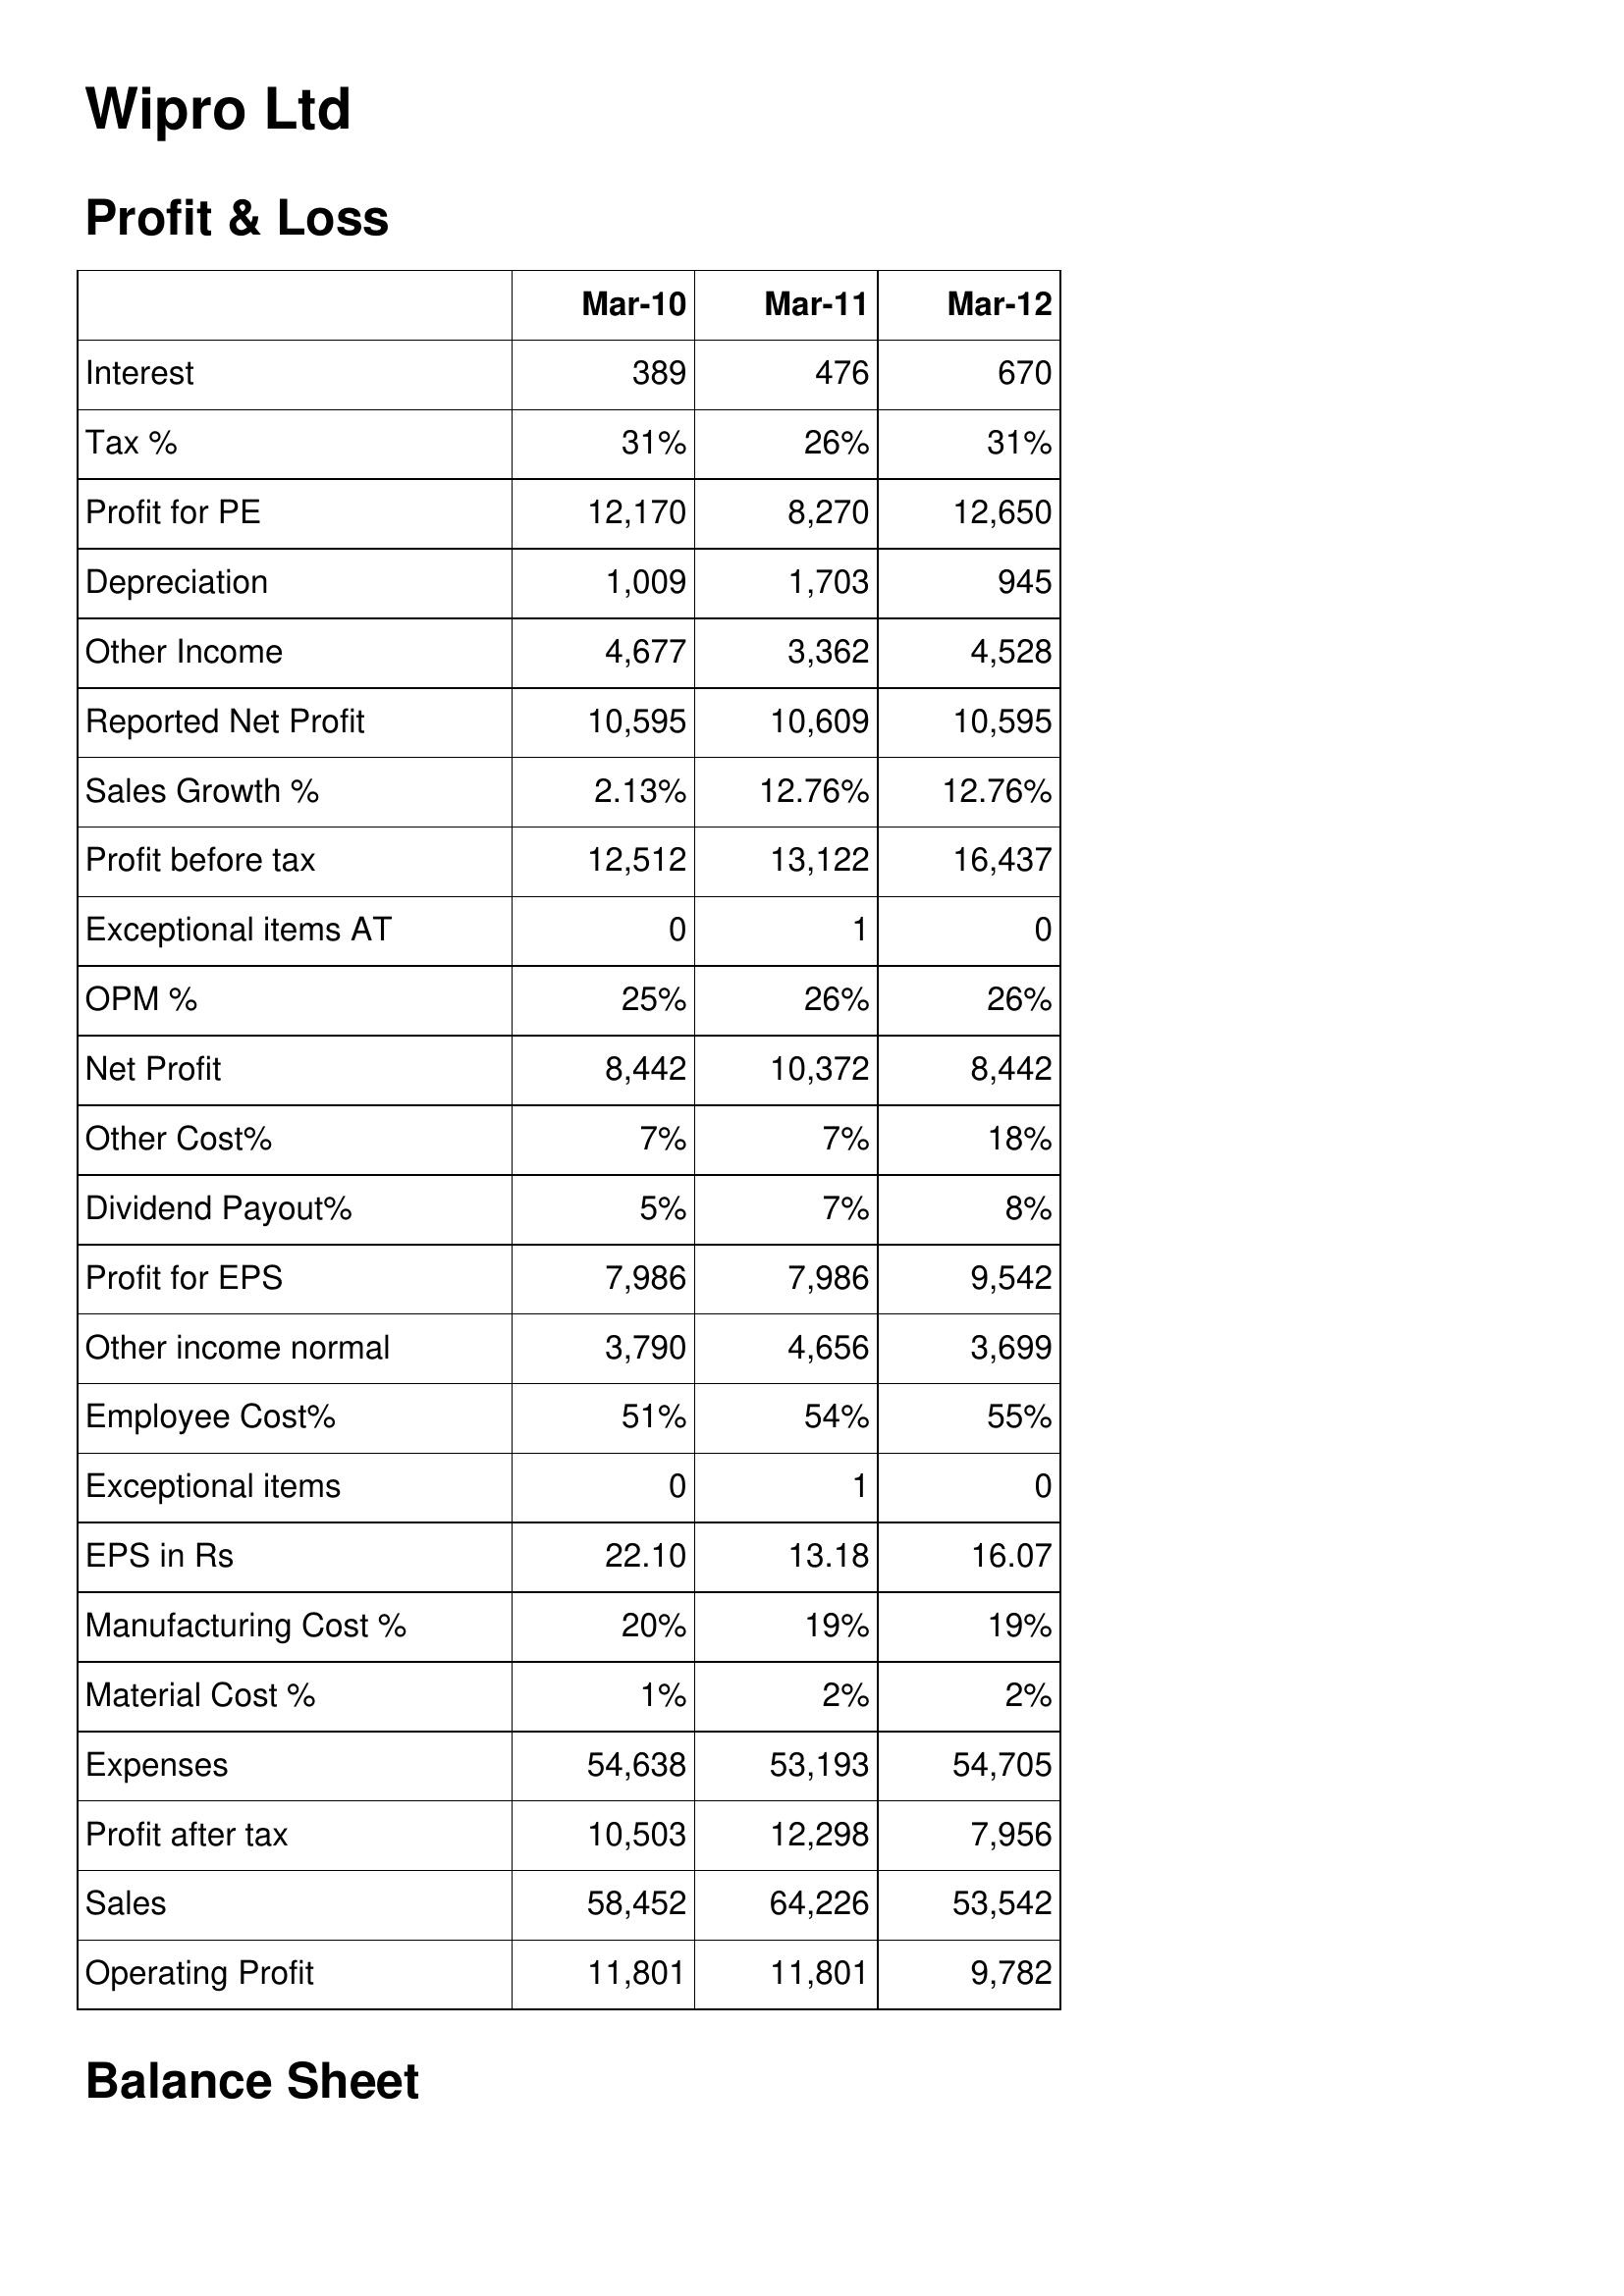
Mar-10: Profit & Loss: Interest: 389
Tax %: 31%
Profit for PE: 12,170
Depreciation: 1,009
Other Income: 4,677
Reported Net Profit: 10,595
Sales Growth %: 2.13%
Profit before tax: 12,512
Exceptional items AT: 0
OPM %: 25%
Net Profit: 8,442
Other Cost%: 7%
Dividend Payout%: 5%
Profit for EPS: 7,986
Other income normal: 3,790
Employee Cost%: 51%
Exceptional items: 0
EPS in Rs: 22.10
Manufacturing Cost %: 20%
Material Cost %: 1%
Expenses: 54,638
Profit after tax: 10,503
Sales: 58,452
Operating Profit: 11,801
Mar-11: Profit & Loss: Interest: 476
Tax %: 26%
Profit for PE: 8,270
Depreciation: 1,703
Other Income: 3,362
Reported Net Profit: 10,609
Sales Growth %: 12.76%
Profit before tax: 13,122
Exceptional items AT: 1
OPM %: 26%
Net Profit: 10,372
Other Cost%: 7%
Dividend Payout%: 7%
Profit for EPS: 7,986
Other income normal: 4,656
Employee Cost%: 54%
Exceptional items: 1
EPS in Rs: 13.18
Manufacturing Cost %: 19%
Material Cost %: 2%
Expenses: 53,193
Profit after tax: 12,298
Sales: 64,226
Operating Profit: 11,801
Mar-12: Profit & Loss: Interest: 670
Tax %: 31%
Profit for PE: 12,650
Depreciation: 945
Other Income: 4,528
Reported Net Profit: 10,595
Sales Growth %: 12.76%
Profit before tax: 16,437
Exceptional items AT: 0
OPM %: 26%
Net Profit: 8,442
Other Cost%: 18%
Dividend Payout%: 8%
Profit for EPS: 9,542
Other income normal: 3,699
Employee Cost%: 55%
Exceptional items: 0
EPS in Rs: 16.07
Manufacturing Cost %: 19%
Material Cost %: 2%
Expenses: 54,705
Profit after tax: 7,956
Sales: 53,542
Operating Profit: 9,782